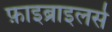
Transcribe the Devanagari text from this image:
फ़ाइब्राइलर्स